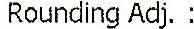
ROUNDING ADJ. :